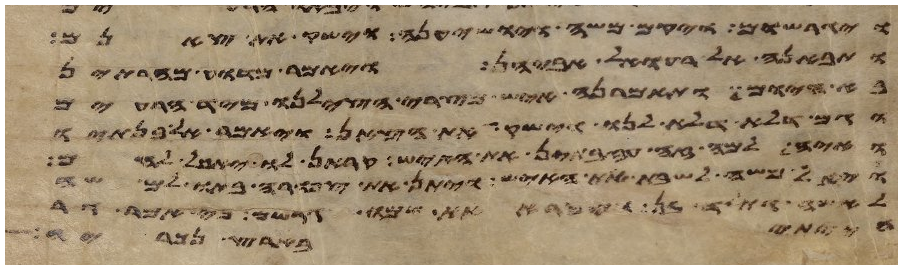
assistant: ויגרשום ויקם משה ויושיענה וישק את צאנם
ותבאנה אל רעואל אביהן ויאמר מדוע מהרתן
בא היום ותאמרנה איש מצרי הצילנו מיד הרעים
וגם דלא דלא לנו וישק את הצאן ויאמר אל בנתיו
ואיה למה זה עזבתן את האיש קראן לו ויאכל לחם
ויאל משה לשבת את האיש ויתן את צפורה בתו למשה
לאשה ותלד בן ויקרא את שמו גרשם כי אמר גר
הייתי בארץ נכריה